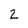
Character: 2